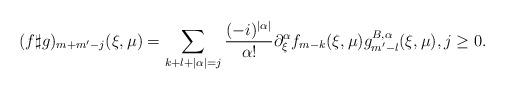
LaTeX: \begin{align*} (f\sharp g)_{m+m'-j}(\xi,\mu) = \sum_{k+l+|\alpha| = j} \frac{(-i)^{|\alpha|}}{\alpha !} \partial_\xi^\alpha f_{m-k}(\xi,\mu) g_{m'-l}^{B,\alpha}(\xi,\mu) , j\geq 0 .\end{align*}